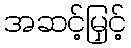
အဆင့်မြှင့်